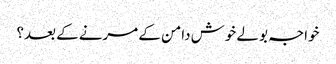
خواجہ بولے خوش دامن کے مرنے کے بعد؟